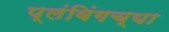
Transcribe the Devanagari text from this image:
प्लंबिंगच्या